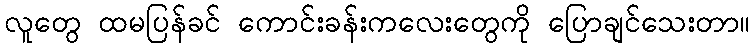
လူတွေ ထမပြန်ခင် ကောင်းခန်းကလေးတွေကို ပြောချင်သေးတာ။